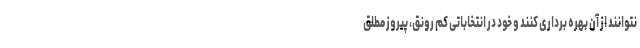
نتوانند از آن بهره برداری کنند و خود در انتخاباتی کم رونق، پیروز مطلق